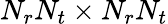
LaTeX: N_{r}N_{t}\times N_{r}N_{t}